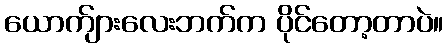
ယောက်ျားလေးဘက်က ပိုင်တော့တာပဲ။